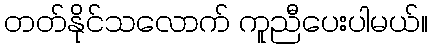
တတ်နိုင်သလောက် ကူညီပေးပါမယ်။